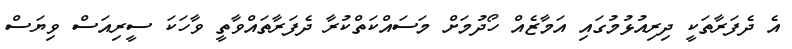
އެ ދެފަރާތަކީ ދިރިއުޅުމުގައި އަމާޒެއް ހޯދުމަށް މަސައްކަތްކުރާ ދެފަރާތައްވާތީ ވާހަކަ ސީރިއަސް ވިޔަސް